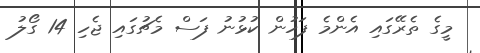
މީގެ ތެރޭގައި އެންމެ ފަހުން ކުޅުނު ފަސް މެޗުގައި ޖެހި 14 ގޯލު